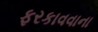
ફરકાવવાના